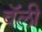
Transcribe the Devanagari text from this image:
वॅली